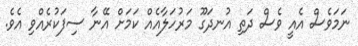
ނަމަވެސް އެއީ ވެސް ދަތި އުނދަގޫ މަރުހަލާއެއް ކަމަށް އޭނާ ސިފަކުރެއްވި އެވެ.